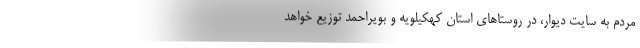
مردم به سایت دیوار، در روستاهای استان کهکیلویه و بویراحمد توزیع خواهد